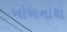
ખોખનાથ